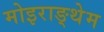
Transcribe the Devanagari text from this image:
मोइराङ्थेम